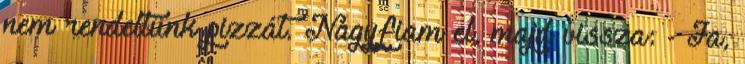
nem rendeltünk pizzát. Nagyfiam el, majd vissza: - Ja,